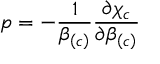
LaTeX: p = - \frac { 1 } { \beta _ { \left( c \right) } } \frac { \partial \chi _ { c } } { \partial \beta _ { \left( c \right) } }